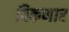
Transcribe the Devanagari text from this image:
विकणार